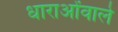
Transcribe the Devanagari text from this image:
धाराओंवाले